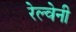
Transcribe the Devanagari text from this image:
रेल्वेनी